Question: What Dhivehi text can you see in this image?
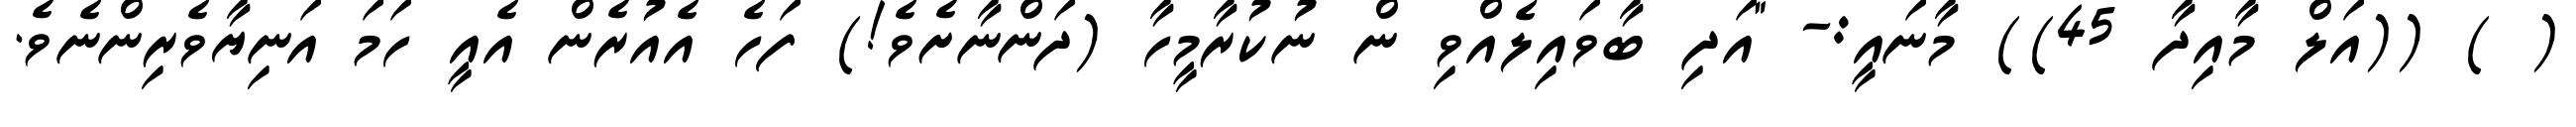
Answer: ( ) ((އަލް މާއިދާ 45)) މާނައީ:- "އަދި ބާވައިލެއްވި ން ނުކުރާމީހާ (ދަންނާށެވެ!) ފަހެ އެއުރެން އެއީ ހަމަ އަނިޔާވެރިންނެވެ.